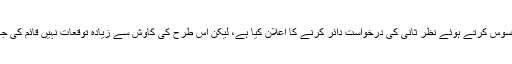
عمران خان نے اس معاملے پر اظہار افسوس کرتے ہوئے نظر ثانی کی درخواست دائر کرنے کا اعلان کیا ہے، لیکن اس طرح کی کاوش سے زیادہ توقعات نہیں قائم کی جا سکتیں کہ اس کا دائرہ محدود ہوتا ہے۔